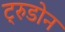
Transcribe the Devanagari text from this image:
ट्रुडोन